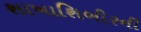
શાખાશિબીરની